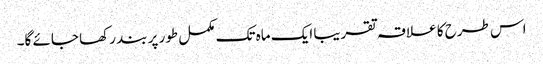
اس طرح کا علاقہ تقریبا ایک ماہ تک مکمل طور پر بند رکھا جائے گا۔